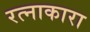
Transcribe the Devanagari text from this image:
रत्नाकारा